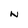
Character: N